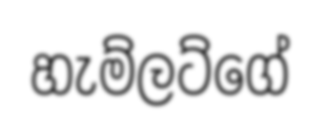
හැම්ලට්ගේ